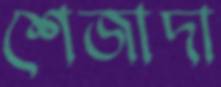
শেজাদা